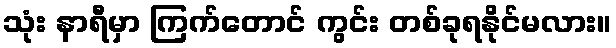
သုံး နာရီမှာ ကြက်တောင် ကွင်း တစ်ခုရနိုင်မလား။